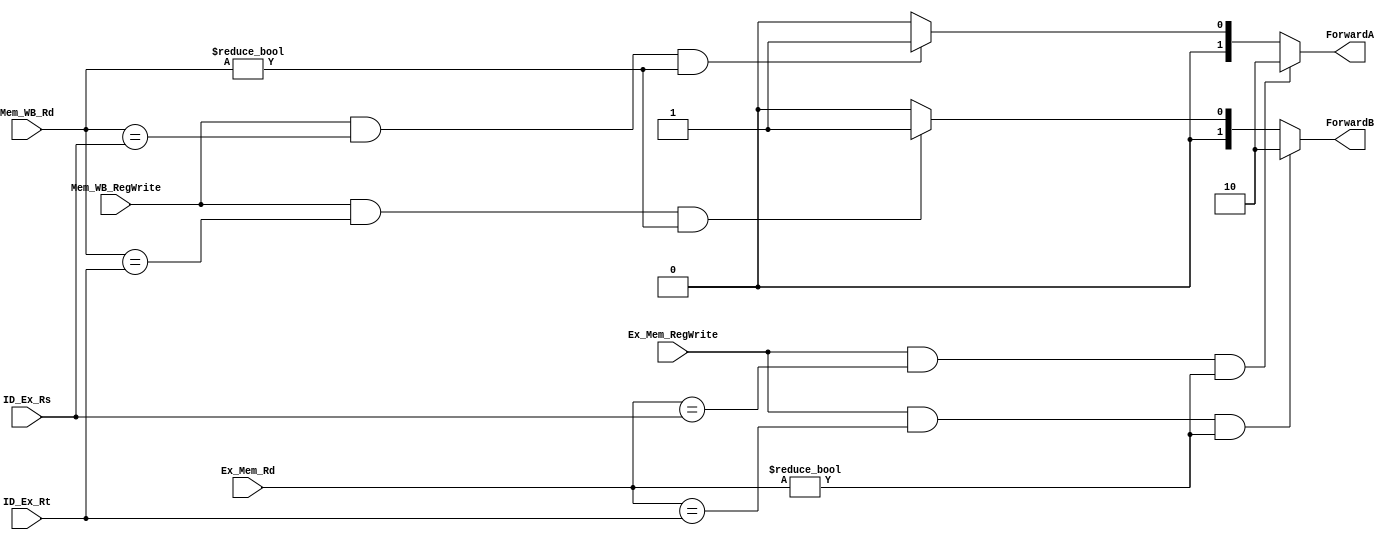
module ForwardingUnit(
    input Ex_Mem_RegWrite, Mem_WB_RegWrite,
    input [4:0] Ex_Mem_Rd, ID_Ex_Rs, Mem_WB_Rd, ID_Ex_Rt,
    output reg [1:0] ForwardA, ForwardB
);
    // Rs - ForwardA
    always @(Ex_Mem_RegWrite, Ex_Mem_Rd, ID_Ex_Rs, Mem_WB_RegWrite, Mem_WB_Rd) begin
        if((Ex_Mem_RegWrite) &
           (Ex_Mem_Rd == ID_Ex_Rs) & 
           (Ex_Mem_Rd != 0))
           ForwardA = 2'b10;
        else if((Mem_WB_RegWrite) &
                (Mem_WB_Rd == ID_Ex_Rs) & 
                (Mem_WB_Rd != 0))
           ForwardA = 2'b01;
        else 
           ForwardA = 2'b00;   
    end
    
    // Rt - ForwardB
    always @(Ex_Mem_RegWrite, Ex_Mem_Rd, ID_Ex_Rt, Mem_WB_RegWrite, Mem_WB_Rd) begin
        if((Ex_Mem_RegWrite) &
           (Ex_Mem_Rd == ID_Ex_Rt) & 
           (Ex_Mem_Rd != 0))
           ForwardB = 2'b10;
        else if((Mem_WB_RegWrite) &
                (Mem_WB_Rd == ID_Ex_Rt) & 
                (Mem_WB_Rd != 0))
           ForwardB = 2'b01;
        else 
           ForwardB = 2'b00;   
    end

endmodule